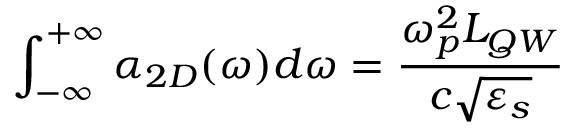
\int _ { - \infty } ^ { + \infty } \alpha _ { 2 D } ( \omega ) d \omega = \frac { \omega _ { p } ^ { 2 } L _ { Q W } } { c \sqrt { \varepsilon _ { s } } }